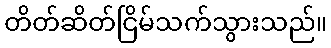
တိတ်ဆိတ်ငြိမ်သက်သွားသည်။